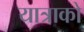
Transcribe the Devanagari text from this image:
यात्राको